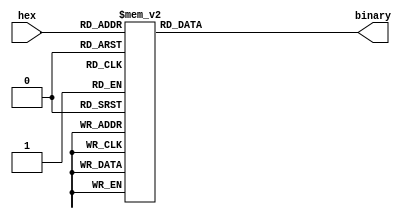
module hextobinary(
input [3:0] hex,
output reg [3:0] binary
);

always @(hex)
case(hex)
4'h0: binary = 4'b0000;
4'h1: binary = 4'b0001;
4'h2: binary = 4'b0010;
4'h3: binary = 4'b0011;
4'h4: binary = 4'b0100;
4'h5: binary = 4'b0101;
4'h6: binary = 4'b0110;
4'h7: binary = 4'b0111;
4'h8: binary = 4'b1000;
4'h9: binary = 4'b1001;
4'ha: binary = 4'b1010;
4'hb: binary = 4'b1011;
4'hc: binary = 4'b1100;
4'hd: binary = 4'b1101;
4'he: binary = 4'b1110;
4'hf: binary = 4'b1111;
endcase

endmodule